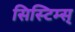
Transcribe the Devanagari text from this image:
सिस्टिम्स्